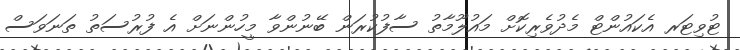
ޓުވިޓަރ އެކައުންޓް މެދުވެރިކޮށް މައުލޫމާތު ސާފުކުރަން ބޭނުންވާ މީހުންނަށް އެ ފުރުސަތު ތަނަވަސް